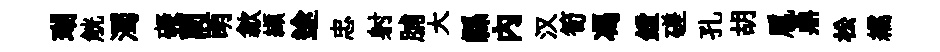
瑚觥濁礙蕳萌歙纈途忠射脯大縣內汉筍馮鏜磋孔胡扈鼎松繻